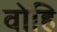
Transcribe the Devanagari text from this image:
वोहि